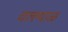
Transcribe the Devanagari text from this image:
वल्ल्याळ